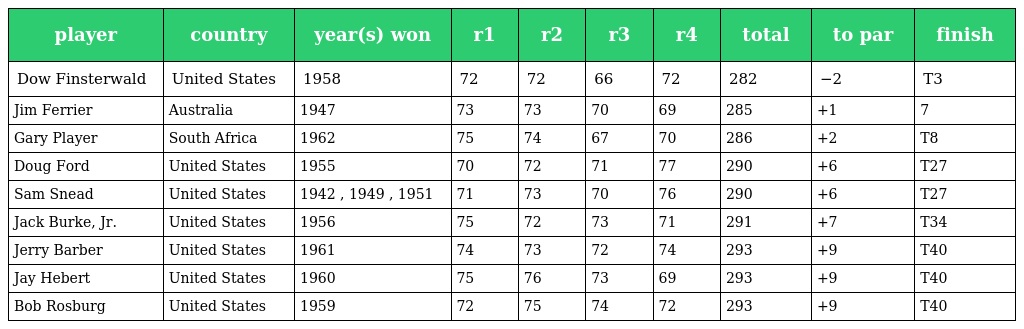
| player | country | year(s) won | r1 | r2 | r3 | r4 | total | to par | finish |
 | --- | --- | --- | --- | --- | --- | --- | --- | --- | --- |
 | Dow Finsterwald | United States | 1958 | 72 | 72 | 66 | 72 | 282 | −2 | T3 |
 | Jim Ferrier | Australia | 1947 | 73 | 73 | 70 | 69 | 285 | +1 | 7 |
 | Gary Player | South Africa | 1962 | 75 | 74 | 67 | 70 | 286 | +2 | T8 |
 | Doug Ford | United States | 1955 | 70 | 72 | 71 | 77 | 290 | +6 | T27 |
 | Sam Snead | United States | 1942 , 1949 , 1951 | 71 | 73 | 70 | 76 | 290 | +6 | T27 |
 | Jack Burke, Jr. | United States | 1956 | 75 | 72 | 73 | 71 | 291 | +7 | T34 |
 | Jerry Barber | United States | 1961 | 74 | 73 | 72 | 74 | 293 | +9 | T40 |
 | Jay Hebert | United States | 1960 | 75 | 76 | 73 | 69 | 293 | +9 | T40 |
 | Bob Rosburg | United States | 1959 | 72 | 75 | 74 | 72 | 293 | +9 | T40 |